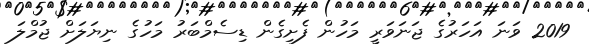
2019 ވަނަ އަހަރުގެ ޖަނަވަރީ މަހުން ފެށިގެން ޑިސެމްބަރު މަހުގެ ނިޔަލަށް ޖުމްލަ